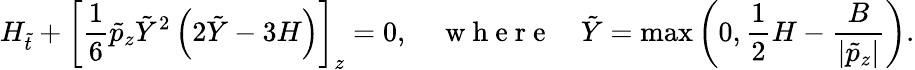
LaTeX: H_{\tilde{t}}+\left[\frac{1}{6}\tilde{p}_{z}\tilde{Y}^{2}\left(2\tilde{Y}-3H\right)\right]_{z}=0,\quad\mathrm{~w~h~e~r~e~}\quad\tilde{Y}=\operatorname*{max}\left(0,\frac{1}{2}H-\frac{B}{|\tilde{p}_{z}|}\right).